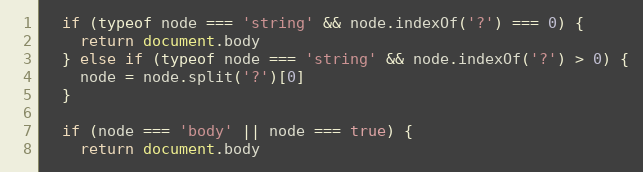
Language: JavaScript
  if (typeof node === 'string' && node.indexOf('?') === 0) {
    return document.body
  } else if (typeof node === 'string' && node.indexOf('?') > 0) {
    node = node.split('?')[0]
  }

  if (node === 'body' || node === true) {
    return document.body